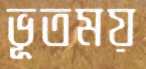
ভূতময়